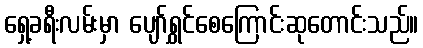
ရှေ့ခရီးလမ်းမှာ ပျော်ရွှင်စေကြောင်းဆုတောင်းသည်။